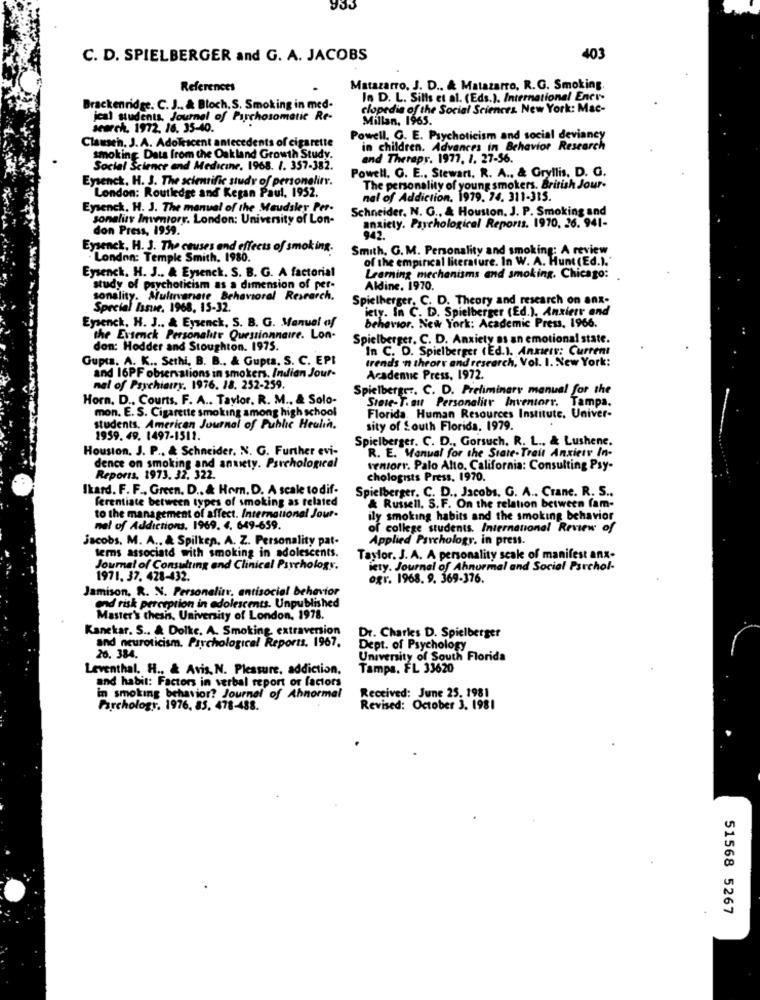
C. D. SPIELBERGER and G. A. JACOBS
401
References
Matazarro. J. D ., & Matazarro, R.G. Smoking.
Io D. L. Sills et al. (Eds.). International Ener-
Brackenridge. C. J .. & Bloch. S. Smoking in med-
clopedia of the Social Sciences. New York: Mac-
jeal students, Journal of Parchosomatic Re-
Millan. 1965.
search. 1972. 16. 35-40.
Clausen. J. A. Adolescent antecedents of cigarette
Powell, G. E. Psychoticism and social deviancy
in children. Advances in Behavior Research
smoking Data from the Oakland Growth Study.
and Therapy. 1977. 1. 27-56.
Social Science and Medicine. 1968. 1. 357-382.
Powell. G. E .. Stewart, R. A ., & Gryllis. D. G.
Eysenck. H. J. The scientific study of personelin.
The personality of young smokers. British Jour-
London: Routledge and Kegan Paul, 1952.
nal of Addiction. 1979. 74. 311-315.
Eysenck. H. J. The manual of the Maudsley Per-
Schneider, N. G ., & Houston, J. P. Smoking and
sonalis Inwentory. London: University of Lon-
don Press, 1959.
anxiety. Psychological Reports. 1970, 26. 941-
Eysenck, H. J. The causes and effects of smoking.
Smith, G. M. Personality and smoking: A review
. London: Temple Smith, 1980.
of the empirical literature. In W. A. Hunt (Ed.).'
Eysenck. H. J .. & Eysenck. S. B. G. A factorial
Learning mechanisms and smoking. Chicago:
study of psychoticism as a dimension of per-
Aldine. 1970.
sonality. Multivariate Behavioral Research.
Spielberger, C. D. Theory and research on anx-
Special Issue. 1968, 15-32.
iety. In C. D. Spielberger (Ed.), Anxiety and
Eysenck, H. J .. & Eysenck. S. B. G. Manual of
behavior. New York: Academic Press, 1966.
the Ersenck Personahtr Questionnaire. Lon-
Spielberger. C. D. Anxiety as an emotional state.
don: Hodder and Stoughton. 1975.
In C. D. Spielberger (Ed.). Ankers: Current
Gupta. A. K ., Sethi, B. B ., & Gupta. S. C. EPI
trends 'n theory and research, Vol. I. New York:
and 16PF observations in smokers. Indien Jour-
Academic Press, 1972.
nal of Psychiatry. 1976. 18. 252-259.
Spielberger. C. D. Preliminary manual for the
Horn. D ., Courts. F. A .. Taylor. R. M ., & Solo-
Siete-T. aut Personalitr Inventorr. Tampa.
mon. E. S. Cigarette smoking among high school
Florida. Human Resources Institute. Univer-
students. American Journal of Public Heulin.
sity of South Florida. 1979.
1959. 49. 1497-1511.
Spielberger. C. D ., Gorsuch. R. L ., & Lushene.
Houston. J. P ., & Schneider. N. G. Further evi-
R. E. Manual for the State-Trait Anxiety In-
dence on smoking and anxiety. Psychological
ventorr. Palo Alto, California: Consulting Psy-
Reports, 1973. 32. 322.
chologists Press, 1970.
Ikard. F. F ., Green. D ., & Horn. D. A scale to dif-
Spielberger. C. D ., Jacobs. G. A .. Crane. R. S ..
ferentiate between types of smoking as related
& Russell, S. F. On the relation between fam-
to the management of affect. International Jour-
ily smoking habits and the smoking behavior
nel of Addictions, 1969. 4. 649-659.
of college students. International Review of
Jacobs. M. A ., & Spilken. A. Z. Personality pat-
Applied Psychology, in press.
lems associatd with smoking in adolescents.
Taylor. J. A. A personality scale of manifest anx-
Journal of Consulting and Clinical Psychology.
icty. Journal of Ahnurmal and Social Parchol-
1971. 37. 428-432.
ogr. 1968. 9. 369-376.
Jamison. R. N. Personalitr, antisocial behavior
end risk perception in adolescents. Unpublished
Master's thesis, University of London, 1978.
Kanekar. S .. & Dolke. A. Smoking extraversion
and neuroticism. Psychological Reports. 1967.
Dr. Charles D. Spielberger
Dept. of Psychology
26. 384.
University of South Florida
Leventhal. H ., & Avis, N. Pleasure, addiction.
Tampa, FL 33620
and habit: Factors in verbal report or factors
Received: June 25. 1981
in smoking behavior? Journal of Ahnormal
Parchology, 1976, 83. 478-488.
Revised: October 3. 1981
51568 5267